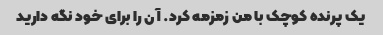
یک پرنده کوچک با من زمزمه کرد. آن را برای خود نگه دارید